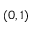
( 0 , 1 )